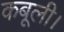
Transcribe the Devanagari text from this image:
कबूली।